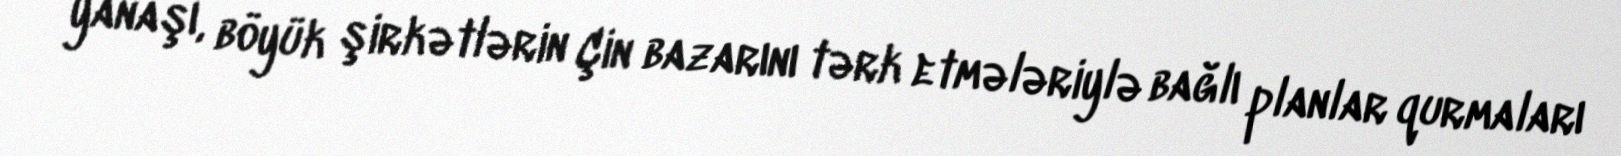
yanaşı, böyük şirkətlərin Çin bazarını tərk etmələriylə bağlı planlar qurmaları